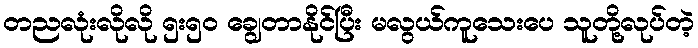
တညလုံးလိုလို ၅း၅၀ ချွေတာနိုင်ပြီး မလွယ်ကူသေးပေ သူတို့လုပ်တဲ့